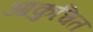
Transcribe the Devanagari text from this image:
आकुचित